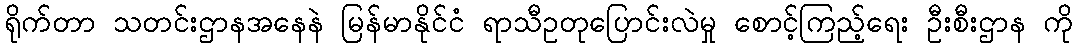
ရိုက်တာ သတင်းဌာနအနေနဲ မြန်မာနိုင်ငံ ရာသီဥတုပြောင်းလဲမှု စောင့်ကြည့်ရေး ဦးစီးဌာန ကို